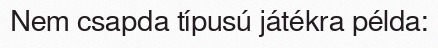
Nem csapda típusú játékra példa: